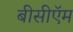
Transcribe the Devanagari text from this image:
बीसीऍम